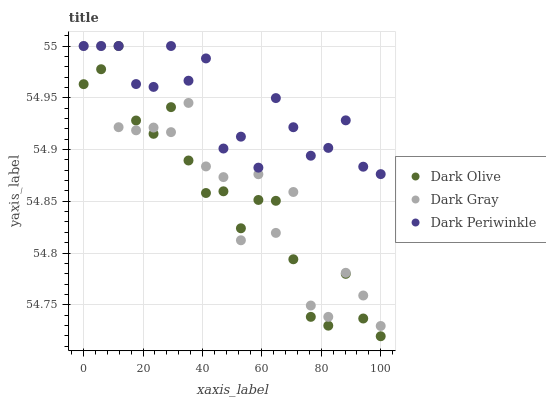
| xaxis_label | Dark Olive | Dark Gray | Dark Periwinkle |
 | --- | --- | --- | --- |
 | 0 | 55 | 55 | 55 |
 | 5.88 | 55 | 55 | 55 |
 | 11.8 | 55 | 54.9 | 55 |
 | 17.6 | 54.9 | 54.9 | 55 |
 | 23.5 | 54.9 | 54.9 | 55 |
 | 29.4 | 54.9 | 54.9 | 55 |
 | 35.3 | 54.9 | 54.9 | 55 |
 | 41.2 | 54.9 | 54.9 | 55 |
 | 47.1 | 54.9 | 54.9 | 54.9 |
 | 52.9 | 54.8 | 54.8 | 54.9 |
 | 58.8 | 54.9 | 54.9 | 54.9 |
 | 64.7 | 54.9 | 54.8 | 54.9 |
 | 70.6 | 54.8 | 54.9 | 54.9 |
 | 76.5 | 54.7 | 54.7 | 54.9 |
 | 82.4 | 54.7 | 54.7 | 54.9 |
 | 88.2 | 54.8 | 54.8 | 54.9 |
 | 94.1 | 54.7 | 54.8 | 54.9 |
 | 100 | 54.7 | 54.7 | 54.9 |